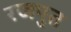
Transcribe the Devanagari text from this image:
रजपुत